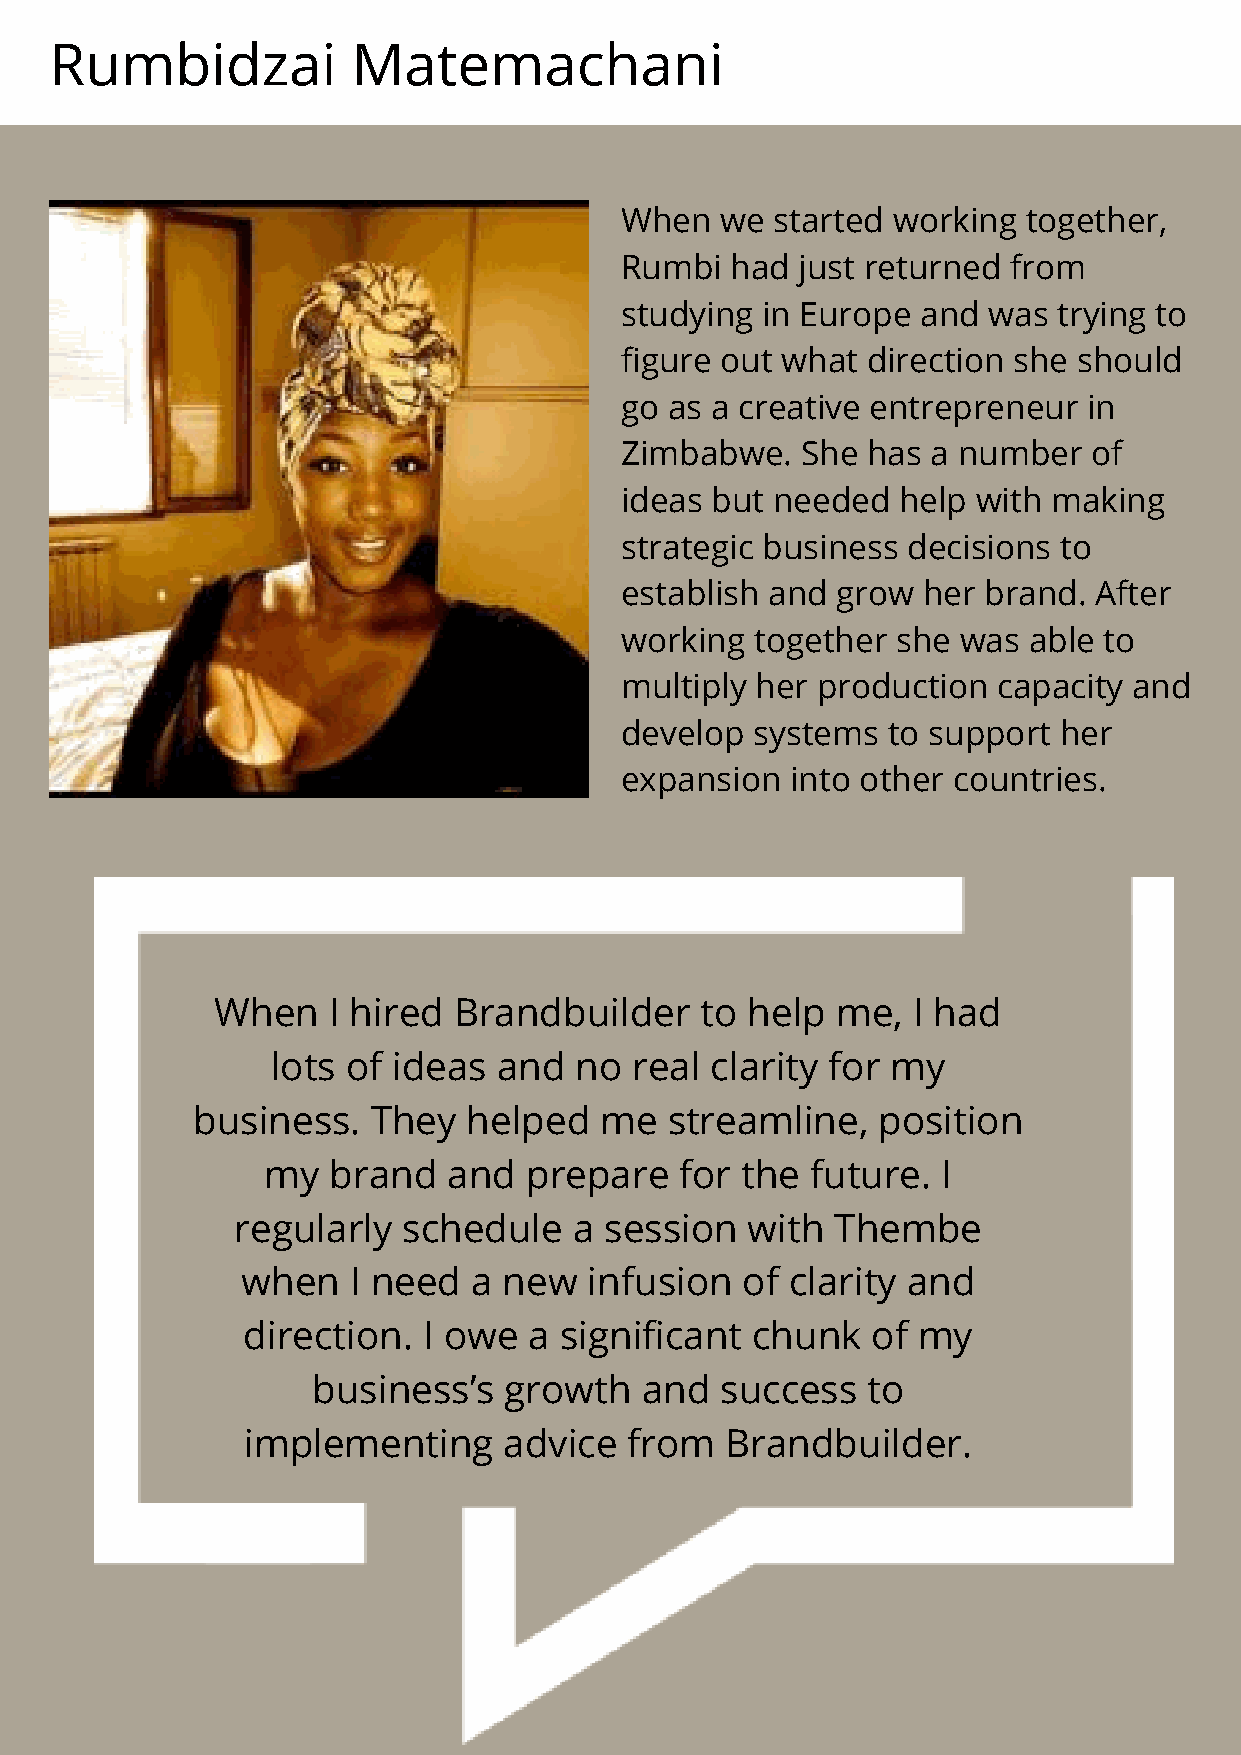
Rumbidzai           Matemachani
 When   we started working  together,
 Rumbi  had  just returned from
 studying in Europe  and was  trying to
 figure out what direction she should
 go as a creative entrepreneur  in
 Zimbabwe.   She has  a number  of
 ideas but needed  help  with making
 strategic business decisions to
 establish and grow  her brand. After
 working  together she  was able to
 multiply her production  capacity and
 develop  systems  to support her
 expansion  into other countries.
 When    I hired Brandbuilder    to help  me,  I had
 lots of ideas  and  no  real clarity for my
 business.   They  helped   me  streamline,   position
 my   brand   and  prepare   for the  future. I
 regularly  schedule   a session  with  Thembe
 when   I need  a new   infusion  of clarity and
 direction.  I owe  a significant  chunk   of my
 business’s  growth   and   success  to
 implementing     advice   from  Brandbuilder.